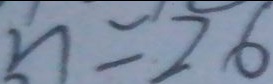
n = 2 6